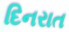
દિનરાત